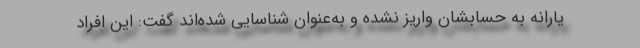
یارانه به حسابشان واریز نشده و به‌عنوان شناسایی شده‌اند گفت: این افراد